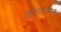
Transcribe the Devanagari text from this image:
आपापंसातल्या